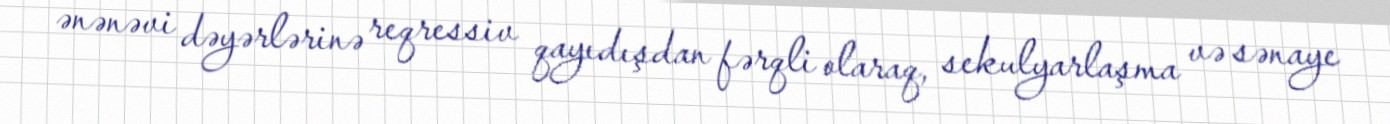
ənənəvi dəyərlərinə reqressiv qayıdışdan fərqli olaraq, sekulyarlaşma və sənaye